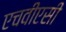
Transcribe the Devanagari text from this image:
एचवीएसी